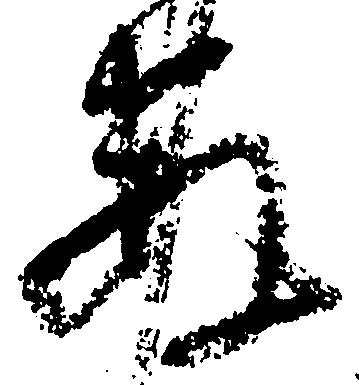
発